Sketch of the medical history of the native army of Bombay, for the year
Year: 1876
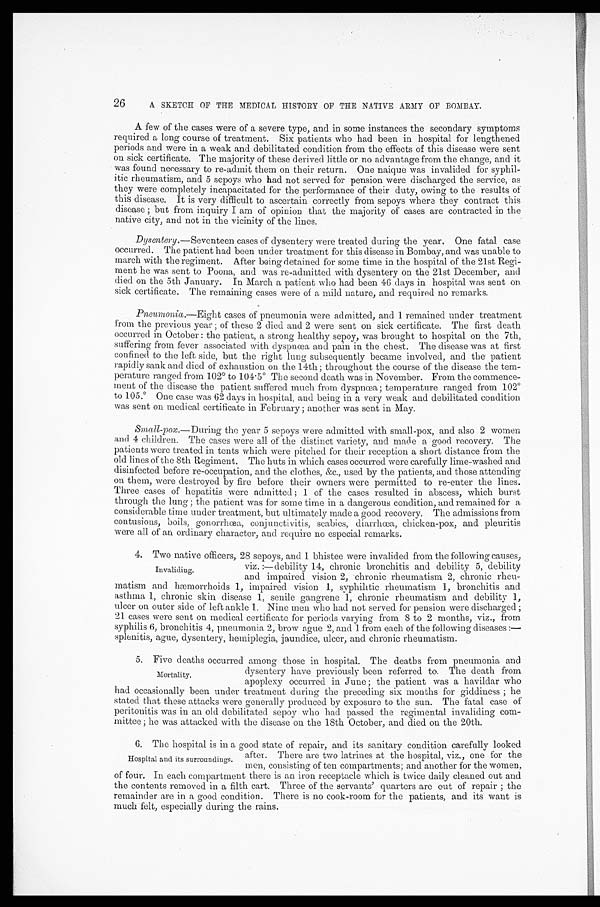
26
A SKETCH OF THE MEDICAL HISTORY OF THE NATIVE ARMY OF BOMBAY.
A few of the cases were of a severe type, and in some instances the secondary symptoms
required a long course of treatment. Six patients who had been in hospital for lengthened
periods and were in a weak and debilitated condition from the effects of this disease were sent
on sick certificate. The majority of these derived little or no advantage from the change, and it
was found necessary to re-admit them on their return. One naique was invalided for syphil
-itic rheumatism, and 5 sepoys who had not served for pension were discharged the service, as
they were completely incapacitated for the performance of their duty, owing to the results of
this disease. It is very difficult to ascertain correctly from sepoys where they contract this
disease; but from inquiry I am of opinion that the majority of cases are contracted in the
native city, and not in the vicinity of the lines.
Dysentery .—Seventeen cases of dysentery were treated during the year. One fatal case
occurred. The patient had been under treatment for this disease in Bombay, and was unable to
march with the regiment. After being detained for some time in the hospital of the 21st Regi
-ment he was sent to Poona, and was re-admitted with dysentery on the 21st December, and
died on the 5th January. In March a patient who had been 46 days in hospital was sent on
sick certificate. The remaining cases were of a mild nature, and required no remarks.
Pneumonia .—Eight cases of pneumonia were admitted, and 1 remained under treatment
from the previous year; of these 2 died and 2 were sent on sick certificate. The first death
occurred in October: the patient, a strong healthy sepoy, was brought to hospital on the 7th,
suffering from fever associated with dyspnœa and pain in the chest. The disease was at first
confined to the left side, but the right lung subsequently became involved, and the patient
rapidly sank and died of exhaustion on the 14th; throughout the course of the disease the tem
-perature ranged from 102° to 104 . 5° The second death was in November. From the commence
-ment of the disease the patient suffered much from dyspnœa; temperature ranged from 102°t
o 105.° One case was 62 days in hospital, and being in a very weak and debilitated condition
was sent on medical certificate in February; another was sent in May.
Small-pox .—During the year 5 sepoys were admitted with small-pox, and also 2 women
and 4 children. The cases were all of the distinct variety, and made a good recovery. The
patients were treated in tents which were pitched for their reception a short distance from the
old lines of the 8th Regiment. The huts in which cases occurred were carefully lime-washed and
disinfected before re-occupation, and the clothes, &c., used by the patients, and those attending
on them, were destroyed by fire before their owners were permitted to re-enter the lines.
Three cases of hepatitis were admitted; 1 of the cases resulted in abscess, which burst
through the lung; the patient was for some time in a dangerous condition, and remained for a
considerable time under treatment, but ultimately made a good recovery. The admissions from
contusions, boils, gonorrhœa, conjunctivitis, scabies, diarrhœa, chicken-pox, and pleuritis
were all of an ordinary character, and require no especial remarks.
4. Two native officers, 28 sepoys, and 1 bhistee were invalided from the following causes,
viz. :—debility 14, chronic bronchitis and debility 5, debility
and impaired vision 2, chronic rheumatism 2, chronic rheu
-matism and hæmorrhoids 1, impaired vision 1, syphilitic rheumatism 1, bronchitis and
asthma 1, chronic skin disease 1, senile gangrene 1, chronic rheumatism and debility 1,
ulcer on outer side of left ankle 1. Nine men who had not served for pension were discharged;
21 cases were sent on medical certificate for periods varying from 8 to 2 months, viz., from
syphilis 6, bronchitis 4, pneumonia 2, brow ague 2, and 1 from each of the following diseases:—
splenitis, ague, dysentery, hemiplegia, jaundice, ulcer, and chronic rheumatism.
5. Five deaths occurred among those in hospital. The deaths from pneumonia and
dysentery have previously been referred to. The death from
apoplexy occurred in June; the patient was a havildar who
had occasionally been under treatment during the preceding six months for giddiness; he
stated that these attacks were generally produced by exposure to the sun. The fatal case of
peritonitis was in an old debilitated sepoy who had passed the regimental invaliding com
-mittee; he was attacked with the disease on the 18th October, and died on the 20th.
Mortality.
6. The hospital is in a good state of repair, and its sanitary condition carefully looked
after. There are two latrines at the hospital, viz., one for the
men, consisting of ten compartments; and another for the women,
of four. In each compartment there is an iron receptacle which is twice daily cleaned out and
the contents removed in a filth cart. Three of the servants' quarters are out of repair; the
remainder are in a good condition. There is no cook-room for the patients, and its want is
much felt, especially during the rains.
Hospital and its surroundings.